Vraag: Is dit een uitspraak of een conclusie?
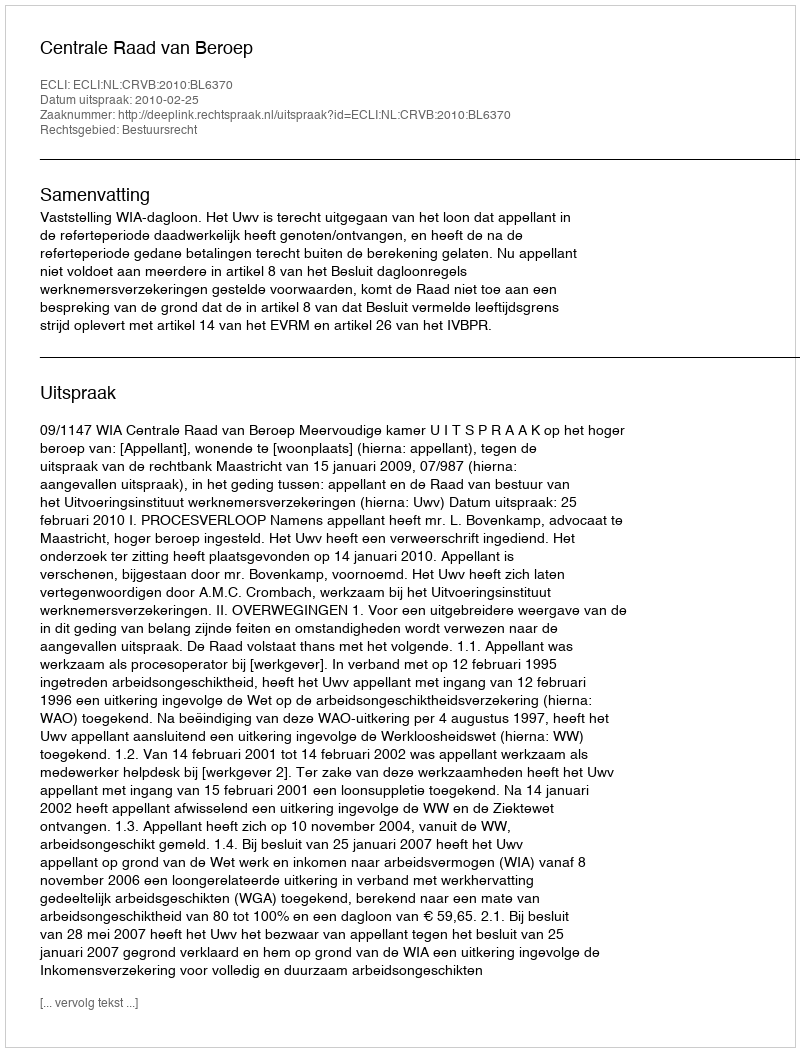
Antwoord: Uitspraak